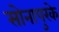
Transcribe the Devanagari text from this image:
सोनापुरके